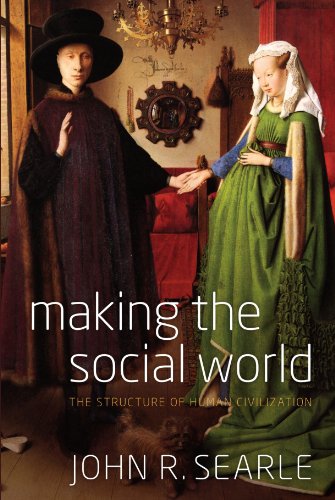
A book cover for Making the Social World: The Structure of Human Civilization; John Searle; Politics & Social Sciences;